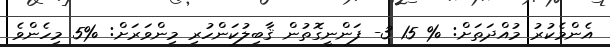
އެންމެކުރު މުއްދަތަށް: % 15 3- ފަންނީގޮތުން ޤާބިލުކަންހުރި މިންވަރަށް: %5 މިހެންވެ